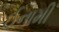
ઈનામી